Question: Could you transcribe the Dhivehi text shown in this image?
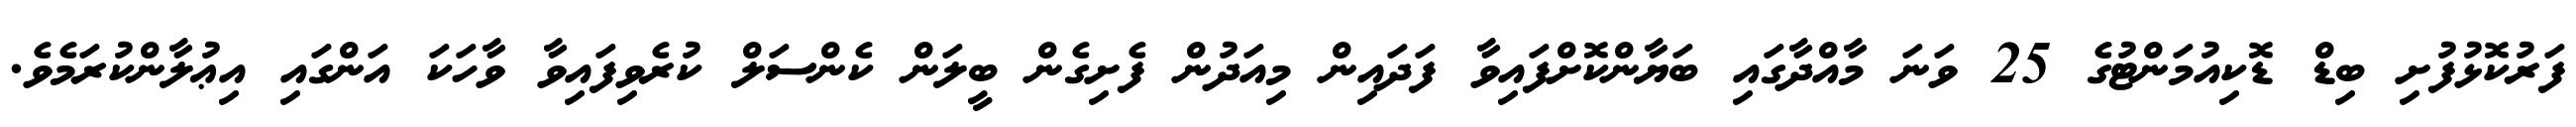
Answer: ފަރުކޮޅުފުށި ބިޑް ޑޮކިއުމަންޓުގެ 25 ވަނަ މާއްދާގައި ބަޔާންކޮށްފައިވާ ފަދައިން މިއަދުން ފެށިގެން ބީލަން ކެންސަލް ކުރެވިފައިވާ ވާހަކަ އަންގައި އިޢުލާންކުރަމެވެ.